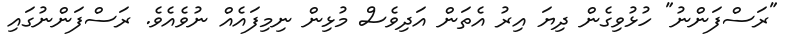
"ރަސްފަންނު" ހުޅުވިގެން ދިޔަ އިރު އެތަން އަދިވެސް މުޅިން ނިމިފައެއް ނުވެއެވެ. ރަސްފަންނުގައި